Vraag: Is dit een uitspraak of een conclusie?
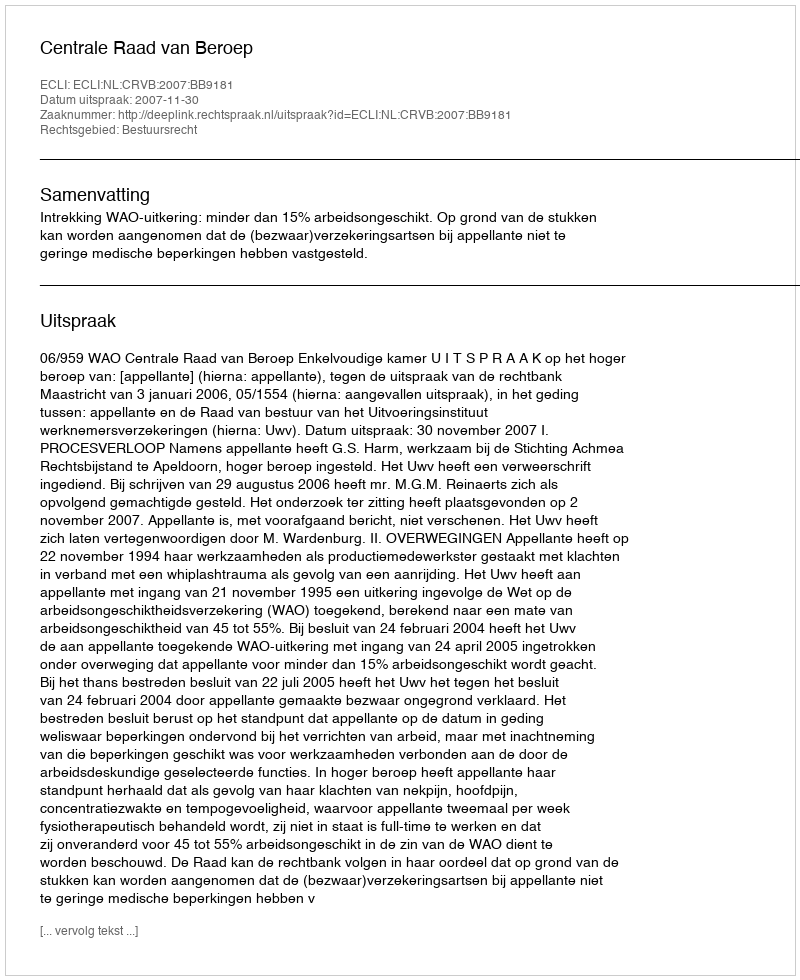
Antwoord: Uitspraak